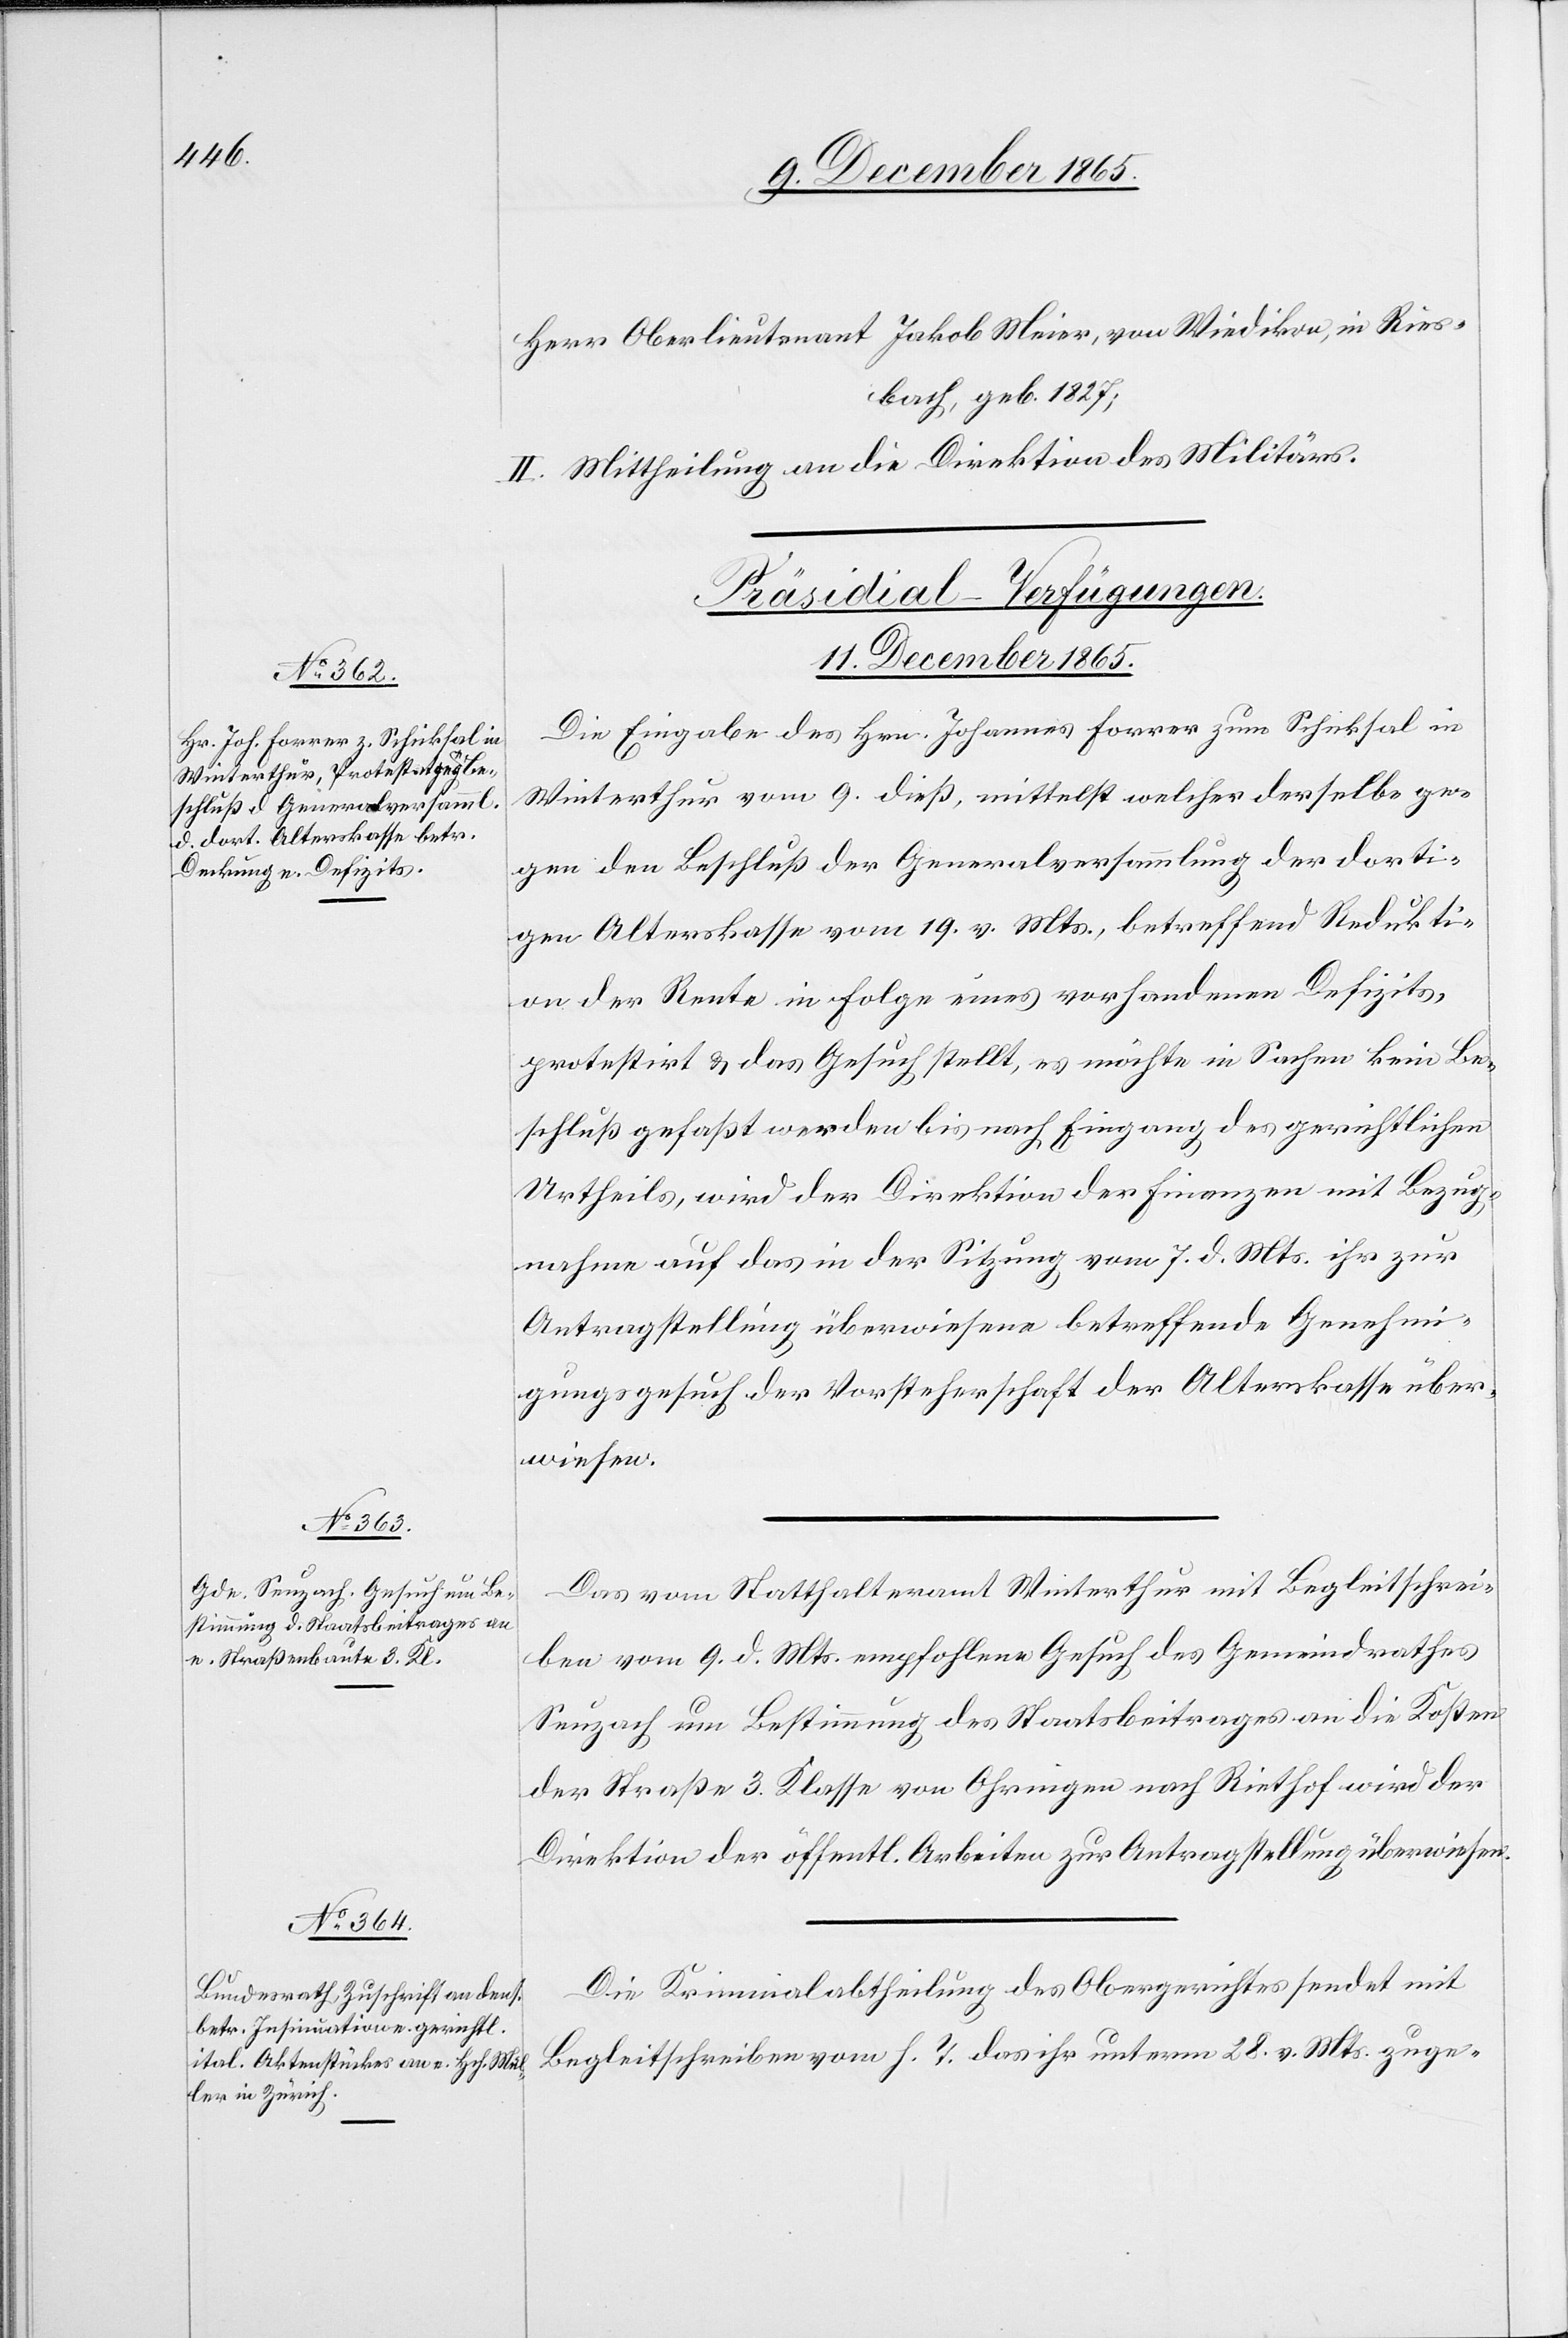
Riesbach, geb. 1827;
II. Mittheilung an die Direktion des Militärs.
[Präsidial-Verfügungen.
11. December 1865.]
Die Eingabe des Hrn. Johannes Forrer zum Schicksal in
Winterthur vom 9. dieß, mittelst welcher derselbe ge¬
gen den Beschluß der Generalversammlung der dorti¬
gen Alterskasse vom 19. v. Mts., betreffend Redukti¬
on der Rente in Folge eines vorhandenen Defizits,
protestirt & das Gesuch stellt, es möchte in Sachen kein Be¬
schluß gefaßt werden bis nach Eingang des gerichtlichen
Urtheils, wird der Direktion der Finanzen mit Bezug¬
nahme auf das in der Sitzung vom 7. d. Mts. ihr zur
Antragstellung überwiesene betreffende Genehmi¬
gungsgesuch der Vorsteherschaft der Alterskasse über¬
wiesen.
Das vom Statthalteramt Winterthur mit Begleitschrei¬
ben vom 9. d. Mts. empfohlene Gesuch des Gemeindrathes
Seuzach um Bestimmung des Staatsbeitrages an die Kosten
der Straße 3. Klasse von Ohringen nach Riethof wird der
Direktion der öffentl. Arbeiten zur Antragstellung überwiesen.
Die Kriminalabtheilung des Obergerichtes sendet mit
Begleitschreiben vom h. T. das ihr unterm 28. v. Mts. zuge-